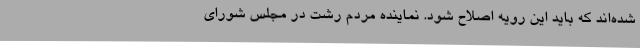
شده‌اند که باید این رویه اصلاح شود. نماینده مردم رشت در مجلس شورای